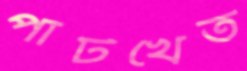
পাটখেত